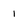
Character: 1